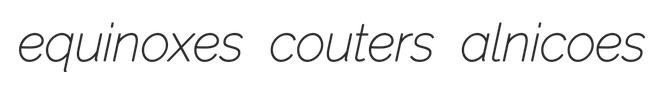
equinoxes couters alnicoes